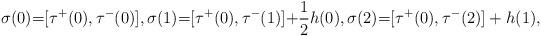
LaTeX: \begin{align*}\sigma(0){=}[\tau^{+}(0),\tau^{-}(0)],\sigma(1){=}[\tau^{+}(0),\tau^{-}(1)]{+}\frac{1}{2}h(0),\sigma(2){=}[\tau^{+}(0),\tau^{-}(2)]+ h(1),\end{align*}